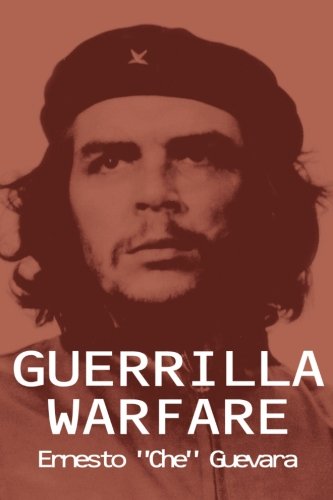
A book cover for Guerrilla Warfare; Ernesto Che Guevara; History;